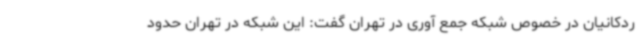
ردکانیان در خصوص شبکه جمع آوری در تهران گفت: این شبکه در تهران حدود